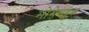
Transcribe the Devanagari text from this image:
भोगेच्छुक